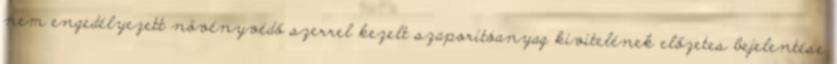
nem engedélyezett növényvédő szerrel kezelt szaporítóanyag kivitelének előzetes bejelentése